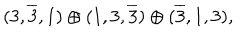
( 3 , \overline { { { 3 } } } , 1 ) \oplus ( 1 , 3 , \overline { { { 3 } } } ) \oplus ( \overline { { { 3 } } } , 1 , 3 ) ,